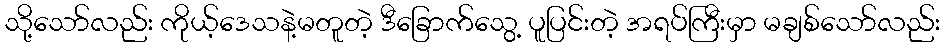
သို့သော်လည်း ကိုယ့်ဒေသနဲ့မတူတဲ့ ဒီခြောက်သွေ့ ပူပြင်းတဲ့ အရပ်ကြီးမှာ မချစ်သော်လည်း